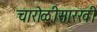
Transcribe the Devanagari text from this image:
चारोळीसारखी